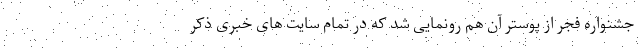
جشنواره فجر از پوستر آن هم رونمایی شد که در تمام سایت های خبری ذکر